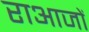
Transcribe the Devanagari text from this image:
राआजों